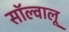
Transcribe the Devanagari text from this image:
सॉल्वालू